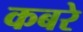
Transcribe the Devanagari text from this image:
कबरे